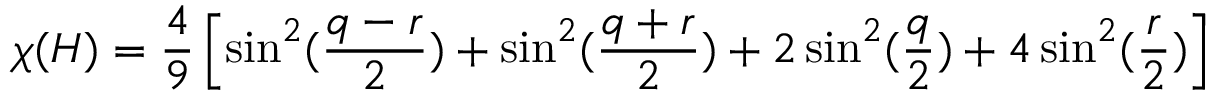
\chi ( H ) = \frac 4 9 \left[ \sin ^ { 2 } ( \frac { q - r } 2 ) + \sin ^ { 2 } ( \frac { q + r } 2 ) + 2 \sin ^ { 2 } ( \frac q 2 ) + 4 \sin ^ { 2 } ( \frac r 2 ) \right]